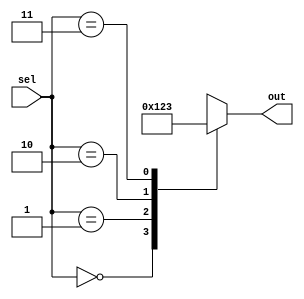
module x_case_statement (
    input wire [2:0] sel,
    output reg [3:0] out
);

always @*
begin
    case (sel)
        3'b000: out = 4'b0000;
        3'b001: out = 4'b0001;
        3'b010: out = 4'b0010;
        3'b011: out = 4'b0011;
        default: out = 4'bxxxx;
    endcase
end

endmodule